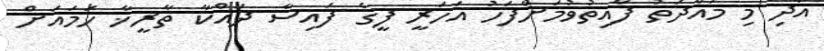
އަދި މި މުއްދަތު ފާއިތުވުމަށްފަހު އަހަރީ ފީގެ ފައިސާ ދައްކާ ތާރީޚާ ހަމައަށް